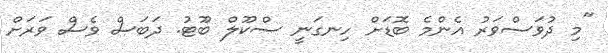
"މި ދުވަސްވަރު އެންމެ ބޮޑަށް ހިނގަނީ ސްކޫލް ބޫޓު. ދަބަސް ވެސް ވަރަށް